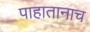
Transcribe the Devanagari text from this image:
पाहातानाच